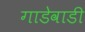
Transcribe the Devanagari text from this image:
गाडेवाडी